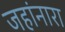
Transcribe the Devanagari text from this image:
जहांनारा